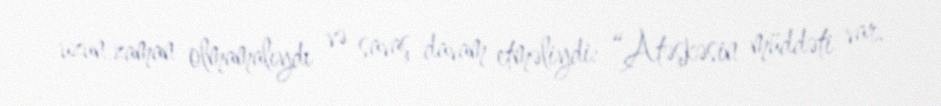
uzun zaman olmamalıydı və savaş davam etməliydi: “Atəşkəsin müddəti var.